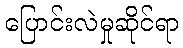
ပြောင်းလဲမှုဆိုင်ရာ